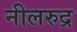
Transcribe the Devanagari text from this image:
नीलरुद्र